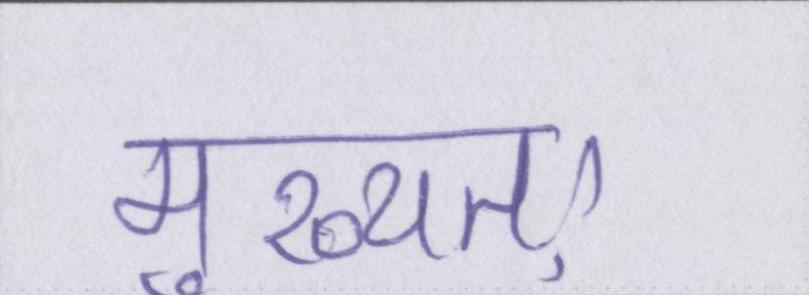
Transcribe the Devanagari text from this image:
मुख्यतः